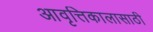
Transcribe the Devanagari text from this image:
आवृत्तिकालासाठी